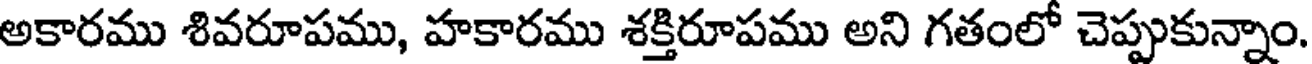
అకారము శివరూపము, హకారము శక్తిరూపము అని గతంలో చెప్పుకున్నాం